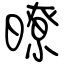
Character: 暸